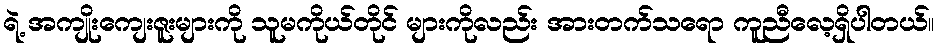
ရဲ့ အကျိုးကျေးဇူးများကို သူမကိုယ်တိုင် များကိုလည်း အားတက်သရော ကူညီလေ့ရှိပါတယ်။